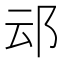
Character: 䢵